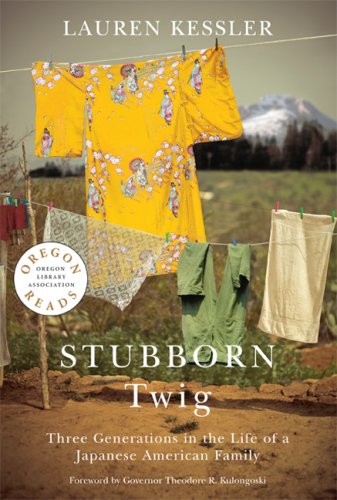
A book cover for Stubborn Twig: Three Generations in the Life of a Japanese American Family (Oregon Reads); Lauren Kessler; Biographies & Memoirs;